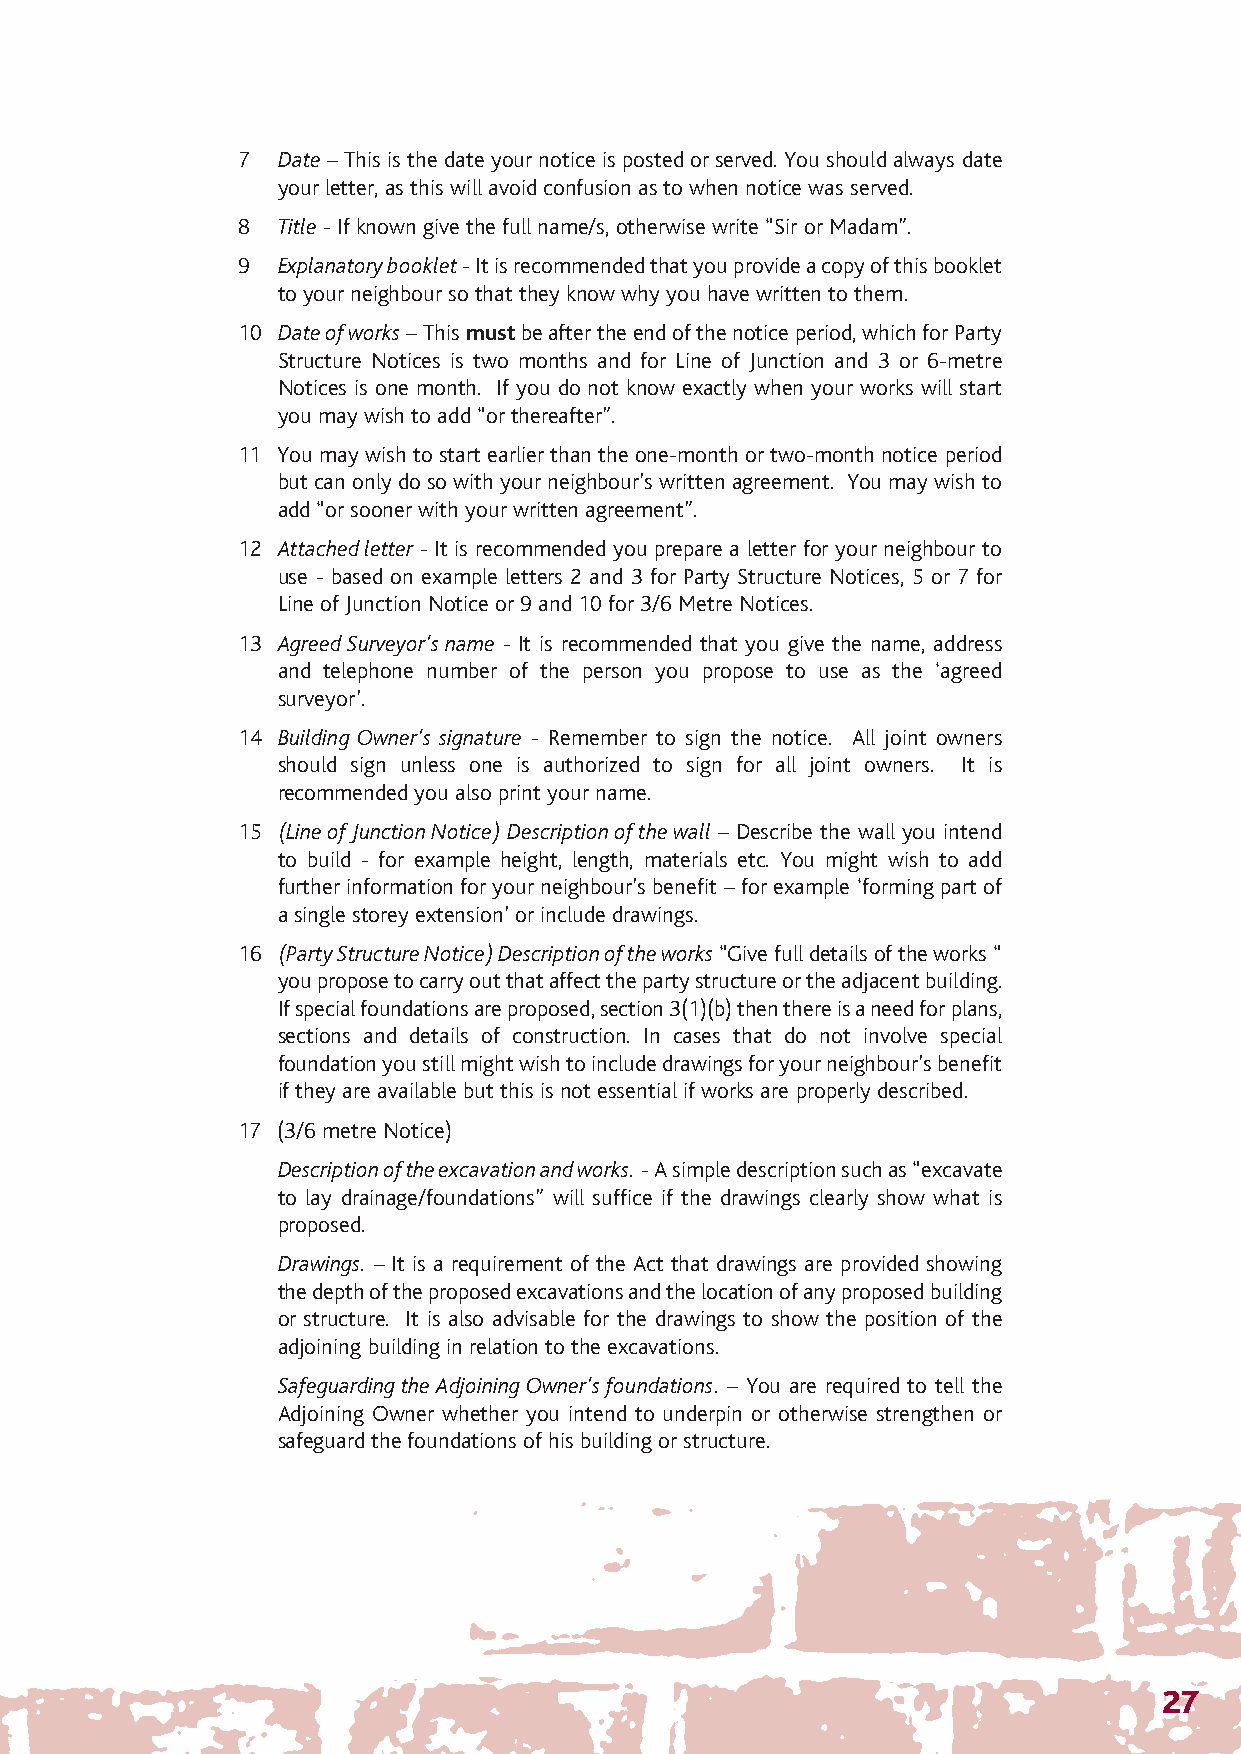
The Party Wall 12/4/07 14:28 Page 30
 7 Date – This is the date your notice is posted or served. You should always date
 your letter, as this will avoid confusion as to when notice was served.
 8 Title - If known give the full name/s, otherwise write “Sir or Madam”.
 9 Explanatory booklet- It is recommended that you provide a copy of this booklet
 to your neighbour so that they know why you have written to them.
 10 Date of works– This mustbe after the end of the notice period, which for Party
 Structure Notices is two months and for Line of Junction and 3 or 6-metre
 Notices is one month. If you do not know exactly when your works will start
 you may wish to add “or thereafter”.
 11 You may wish to start earlier than the one-month or two-month notice period
 but can only do so with your neighbour’s written agreement. You may wish to
 add “or sooner with your written agreement”.
 12 Attached letter - It is recommended you prepare a letter for your neighbour to
 use - based on example letters 2 and 3 for Party Structure Notices, 5 or 7 for
 Line of Junction Notice or 9 and 10 for 3/6 Metre Notices.
 13 Agreed Surveyor’s name - It is recommended that you give the name, address
 and telephone number of the person you propose to use as the ‘agreed
 surveyor’.
 14 Building Owner’s signature - Remember to sign the notice. All joint owners
 should sign unless one is authorized to sign for all joint owners. It is
 recommended you also print your name.
 15 (Line of Junction Notice) Description of the wall – Describe the wall you intend
 to build - for example height, length, materials etc. You might wish to add
 further information for your neighbour’s benefit – for example ‘forming part of
 a single storey extension’ or include drawings.
 16 (Party Structure Notice) Description of the works“Give full details of the works “
 you propose to carry out that affect the party structure or the adjacent building.
 If special foundations are proposed, section 3(1)(b) then there is a need for plans,
 sections and details of construction. In cases that do not involve special
 foundation you still might wish to include drawings for your neighbour’s benefit
 if they are available but this is not essential if works are properly described.
 17 (3/6 metre Notice)
 Description of the excavation and works.- A simple description such as “excavate
 to lay drainage/foundations” will suffice if the drawings clearly show what is
 proposed.
 Drawings. – It is a requirement of the Act that drawings are provided showing
 the depth of the proposed excavations and the location of any proposed building
 or structure. It is also advisable for the drawings to show the position of the
 adjoining building in relation to the excavations.
 Safeguarding the Adjoining Owner’s foundations. – You are required to tell the
 Adjoining Owner whether you intend to underpin or otherwise strengthen or
 safeguard the foundations of his building or structure.
 27